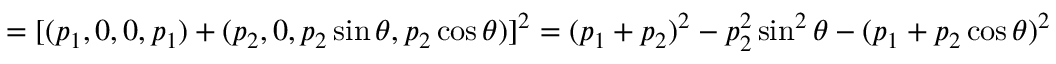
= [ ( p _ { 1 } , 0 , 0 , p _ { 1 } ) + ( p _ { 2 } , 0 , p _ { 2 } \sin \theta , p _ { 2 } \cos \theta ) ] ^ { 2 } = ( p _ { 1 } + p _ { 2 } ) ^ { 2 } - p _ { 2 } ^ { 2 } \sin ^ { 2 } \theta - ( p _ { 1 } + p _ { 2 } \cos \theta ) ^ { 2 }